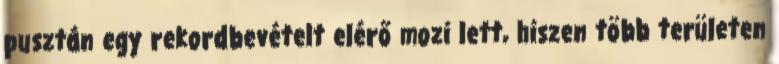
pusztán egy rekordbevételt elérő mozi lett, hiszen több területen